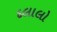
દલાલો